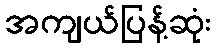
အကျယ်ပြန့်ဆုံး